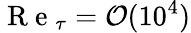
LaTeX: \mathrm{~R~e~}_{\tau}=\mathcal O(10^{4})